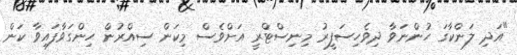
"އަދި ލަންކާގަ ހުންނަވާ ދިވެހިސަފީރު މިނިސްޓްރީ އަަށްވެސް މިކަން ސިއްރުން ހިންގަވާފައިވާ ކަން